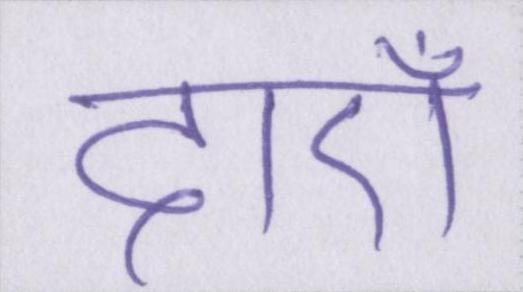
दाएँ